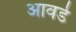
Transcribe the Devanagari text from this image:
आवर्ड